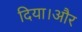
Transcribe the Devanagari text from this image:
दिया।और